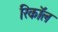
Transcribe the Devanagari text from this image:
रिकाॅल